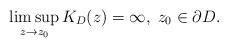
LaTeX: \begin{align*}\limsup_{z\to z_0}K_D(z)=\infty,\; z_0\in\partial D.\end{align*}